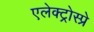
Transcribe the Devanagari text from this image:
एलेक्ट्रोस्प्रे